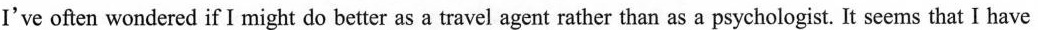
I've often wondered if I might do better as a travel agent rather than as a psychologist. It seems that I have